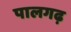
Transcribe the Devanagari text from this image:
पालगढ़